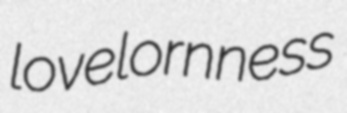
lovelornness